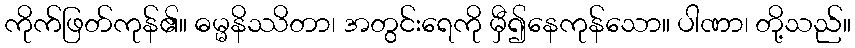
ကိုက်ဖြတ်ကုန်၏။ ဓမ္မနိဿိတာ၊ အတွင်းရေကို မှီ၍နေကုန်သော။ ပါဏာ၊ တို့သည်။